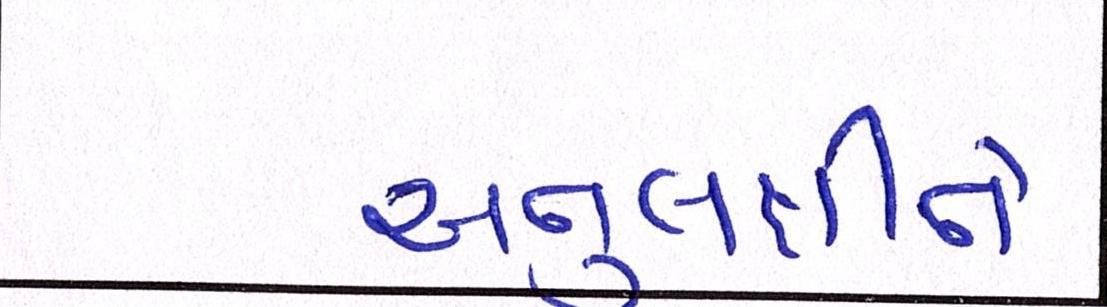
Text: અનુલક્ષીને